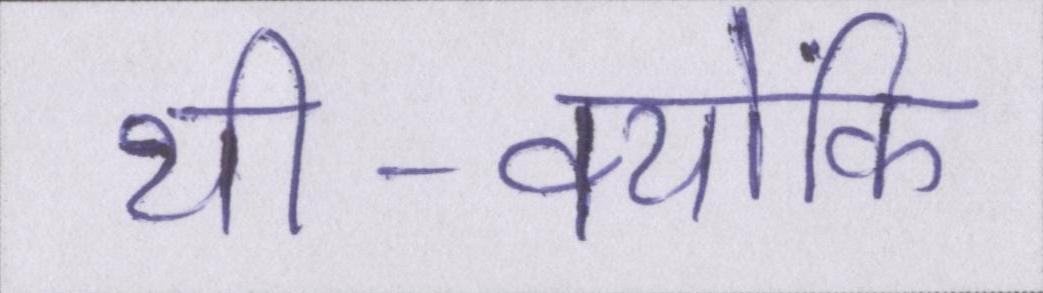
थी-क्योंकि